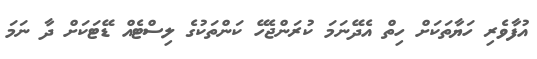
އުފާވެރި ހަޔާތަކަށް ހިތް އެދޭނަމަ ކުރަންޖެހޭ ކަންތަކުގެ ލިސްޓެއް ޑޭޓަކަށް ދާ ނަމަ